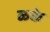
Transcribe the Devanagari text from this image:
ळके